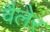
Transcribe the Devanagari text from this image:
वैलेर